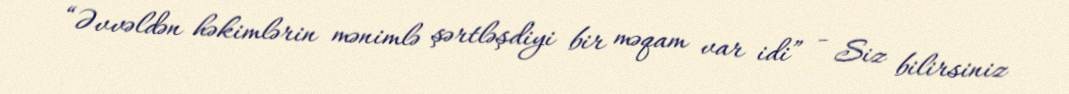
“Əvvəldən həkimlərin mənimlə şərtləşdiyi bir məqam var idi” - Siz bilirsiniz